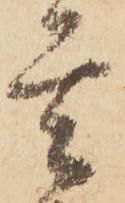
玄